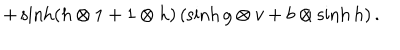
+ \sinh ( h \otimes 1 + 1 \otimes h ) \, ( \sinh g \otimes v + b \otimes \sinh h ) \, .